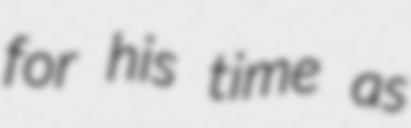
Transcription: for his time as